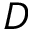
D